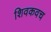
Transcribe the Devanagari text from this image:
शिवकवच